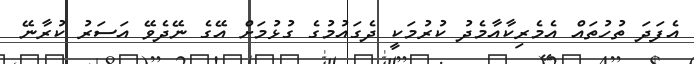
އެފަދަ ތުހުތައް އެމެރިކާއާމެދު ކުރުމަކީ ދެގައުމުގެ ގުޅުމަށް އޭގެ ނޭދެވޭ އަސަރު ކުރާނޭ